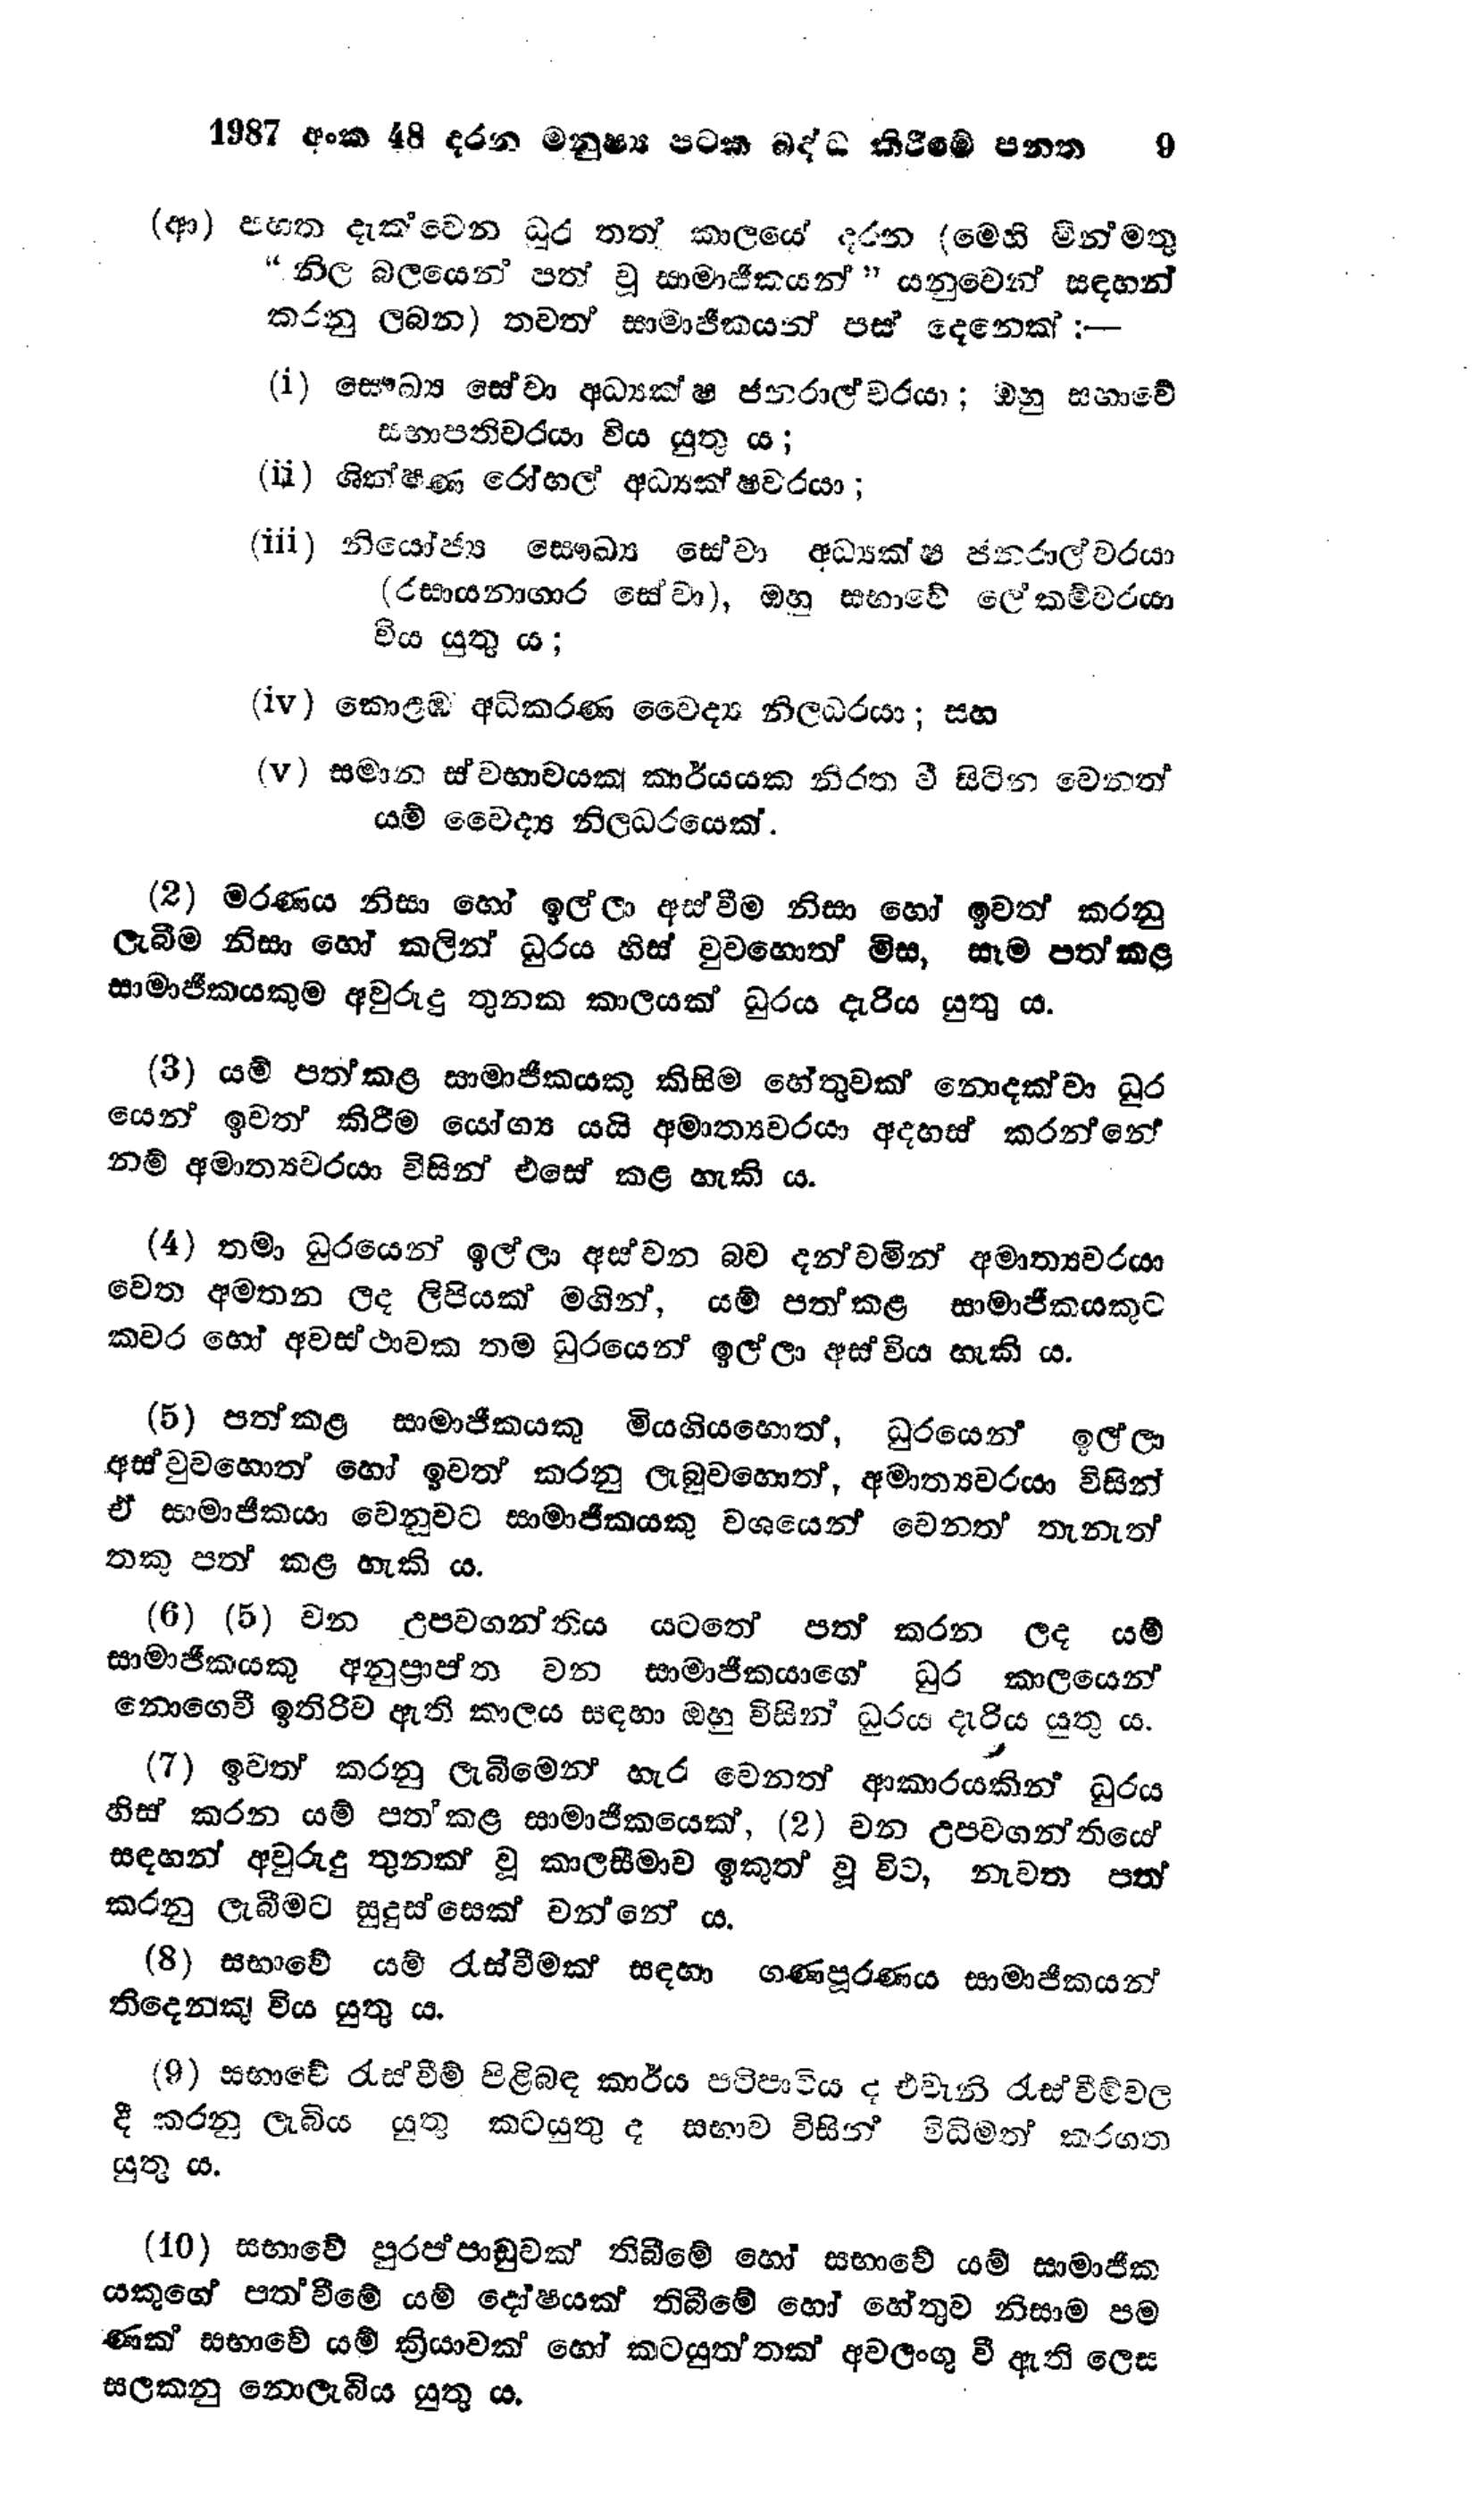
1987 අංක 48 දරන මනුෂ්‍ය පටක බද්ධ කිරීමේ පනත  9

(ආ) පහත දැක්වෙන ධුර තත් කාලයේ දරන (මෙහි මින්මතු
“නිල බලයෙන් පත් වූ සාමාජිකයන් " යනුවෙන් සඳහන්
කරනු ලබන) තවත් සාමාජිකයන් පස් දෙනෙක් :-

(i) සෞඛ්‍ය සේවා අධ්‍යක්ෂ ජනරාල්වරයා; ඔහු සභාවේ
සභාපතිවරයා විය යුතු ය;

(ii) ශික්ෂණ රෝහල් අධ්‍යක්ෂවරයා ;

(iii) නියෝජ්‍ය සෞඛ්‍ය සේවා අධ්‍යක්ෂ ජනරාල්වරයා
(රසායනාගාර සේවා), ඔහු සභාවේ ලේකම්වරයා
විය යුතු ය;

(iv) කොළඹ අධිකරණ වෛද්‍ය නිලධරයා; සහ

(v) සමාන ස්වභාවයක් කාර්යයක නිරත වී සිටින වෙනත්
යම් වෛද්‍ය නිලධරයෙක්.

(2) මරණය නිසා හෝ ඉල්ලා අස්වීම නිසා හෝ ඉවත් කරනු
ලැබීම නිසා හෝ කලින් ධුරය හිස් වුවහොත් මිස, සෑම පත් කළ
සාමාජිකයකුම අවුරුදු තුනක කාලයක් ධුරය දැරිය යුතු ය.

(3) යම් පත්කළ සාමාජිකයකු කිසිම හේතුවක් නොදක්වා ධූර
යෙන් ඉවත් කිරීම යෝග්‍ය යයි අමාත්‍යවරයා අදහස් කරන්නේ
නම් අමාත්‍යවරයා විසින් එසේ කළ හැකි ය.

(4) තමා ධුරයෙන් ඉල්ලා අස්වන බව දන්වමින් අමාත්‍යවරයා
වෙත අමතන ලද ලිපියක් මගින්, යම් පත් කළ සාමාජිකයකුට
කවර හෝ අවස්ථාවක තම ධුරයෙන් ඉල්ලා අස්විය හැකි ය.

(5) පත්කළ සාමාජිකයකු මියගියහොත්, ධුරයෙන් ඉල්ලා
අස් වුවහොත් හෝ ඉවත් කරනු ලැබුවහොත්, අමාත්‍යවරයා විසින්
ඒ සාමාජිකයා වෙනුවට සාමාජිකයකු වශයෙන් වෙනත් තැනැත්
තකු පත් කළ හැකි ය.

(6) (5) වන උපවගන්තිය යටතේ පත් කරන ලද යම්
සාමාජිකයකු අනුප්‍රාප්ත වන සාමාජිකයාගේ ධුර කාලයෙන්
නොගෙවී ඉතිරිව ඇති කාලය සඳහා ඔහු විසින් ධූරය දැරිය යුතු ය.

(7) ඉවත් කරනු ලැබීමෙන් හැර වෙනත් ආකාරයකින් ධුරය
හිස් කරන යම් පත‍් කළ සාමාජිකයෙක්, (2) වන උපවගන්තියේ
සඳහන් අවුරුදු තුනක් වූ කාලසීමාව ඉකුත් වූ විට, නැවත පත්
කරනු ලැබීමට සුදුස්සෙක් වන්නේ ය.

(8) සභාවේ යම් රැස්වීමක් සඳහා ගණපූරණය සාමාජිකයන්
තිදෙනකු විය යුතු ය.

(9) සභාවේ රැස් වීම් පිළිබඳ කාර්ය පටිපාටිය ද එවැනි රැස්වීම්වල
දී කරනු ලැබිය යුතු කටයුතු ද සභාව විසින් විධිමත් කරගත
යුතු ය.

(10) සභාවේ පුරප්පාඩුවක් තිබීමේ හෝ සභාවේ යම් සාමාජික
යකුගේ පත‍්වීමේ යම් දෝෂයක් තිබීමේ හෝ හේතුව නිසාම පම
ණක් සභාවේ යම් ක්‍රියාවක් හෝ කටයුත්තක් අවලංගු වී ඇති ලෙස
සලකනු නොලැබිය යුතු ය.